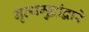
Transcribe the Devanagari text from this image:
नृत्यमुद्रांद्वारे